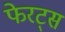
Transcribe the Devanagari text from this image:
फेरट्स